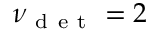
\nu _ { \mathrm { ~ d ~ e ~ t ~ } } = 2